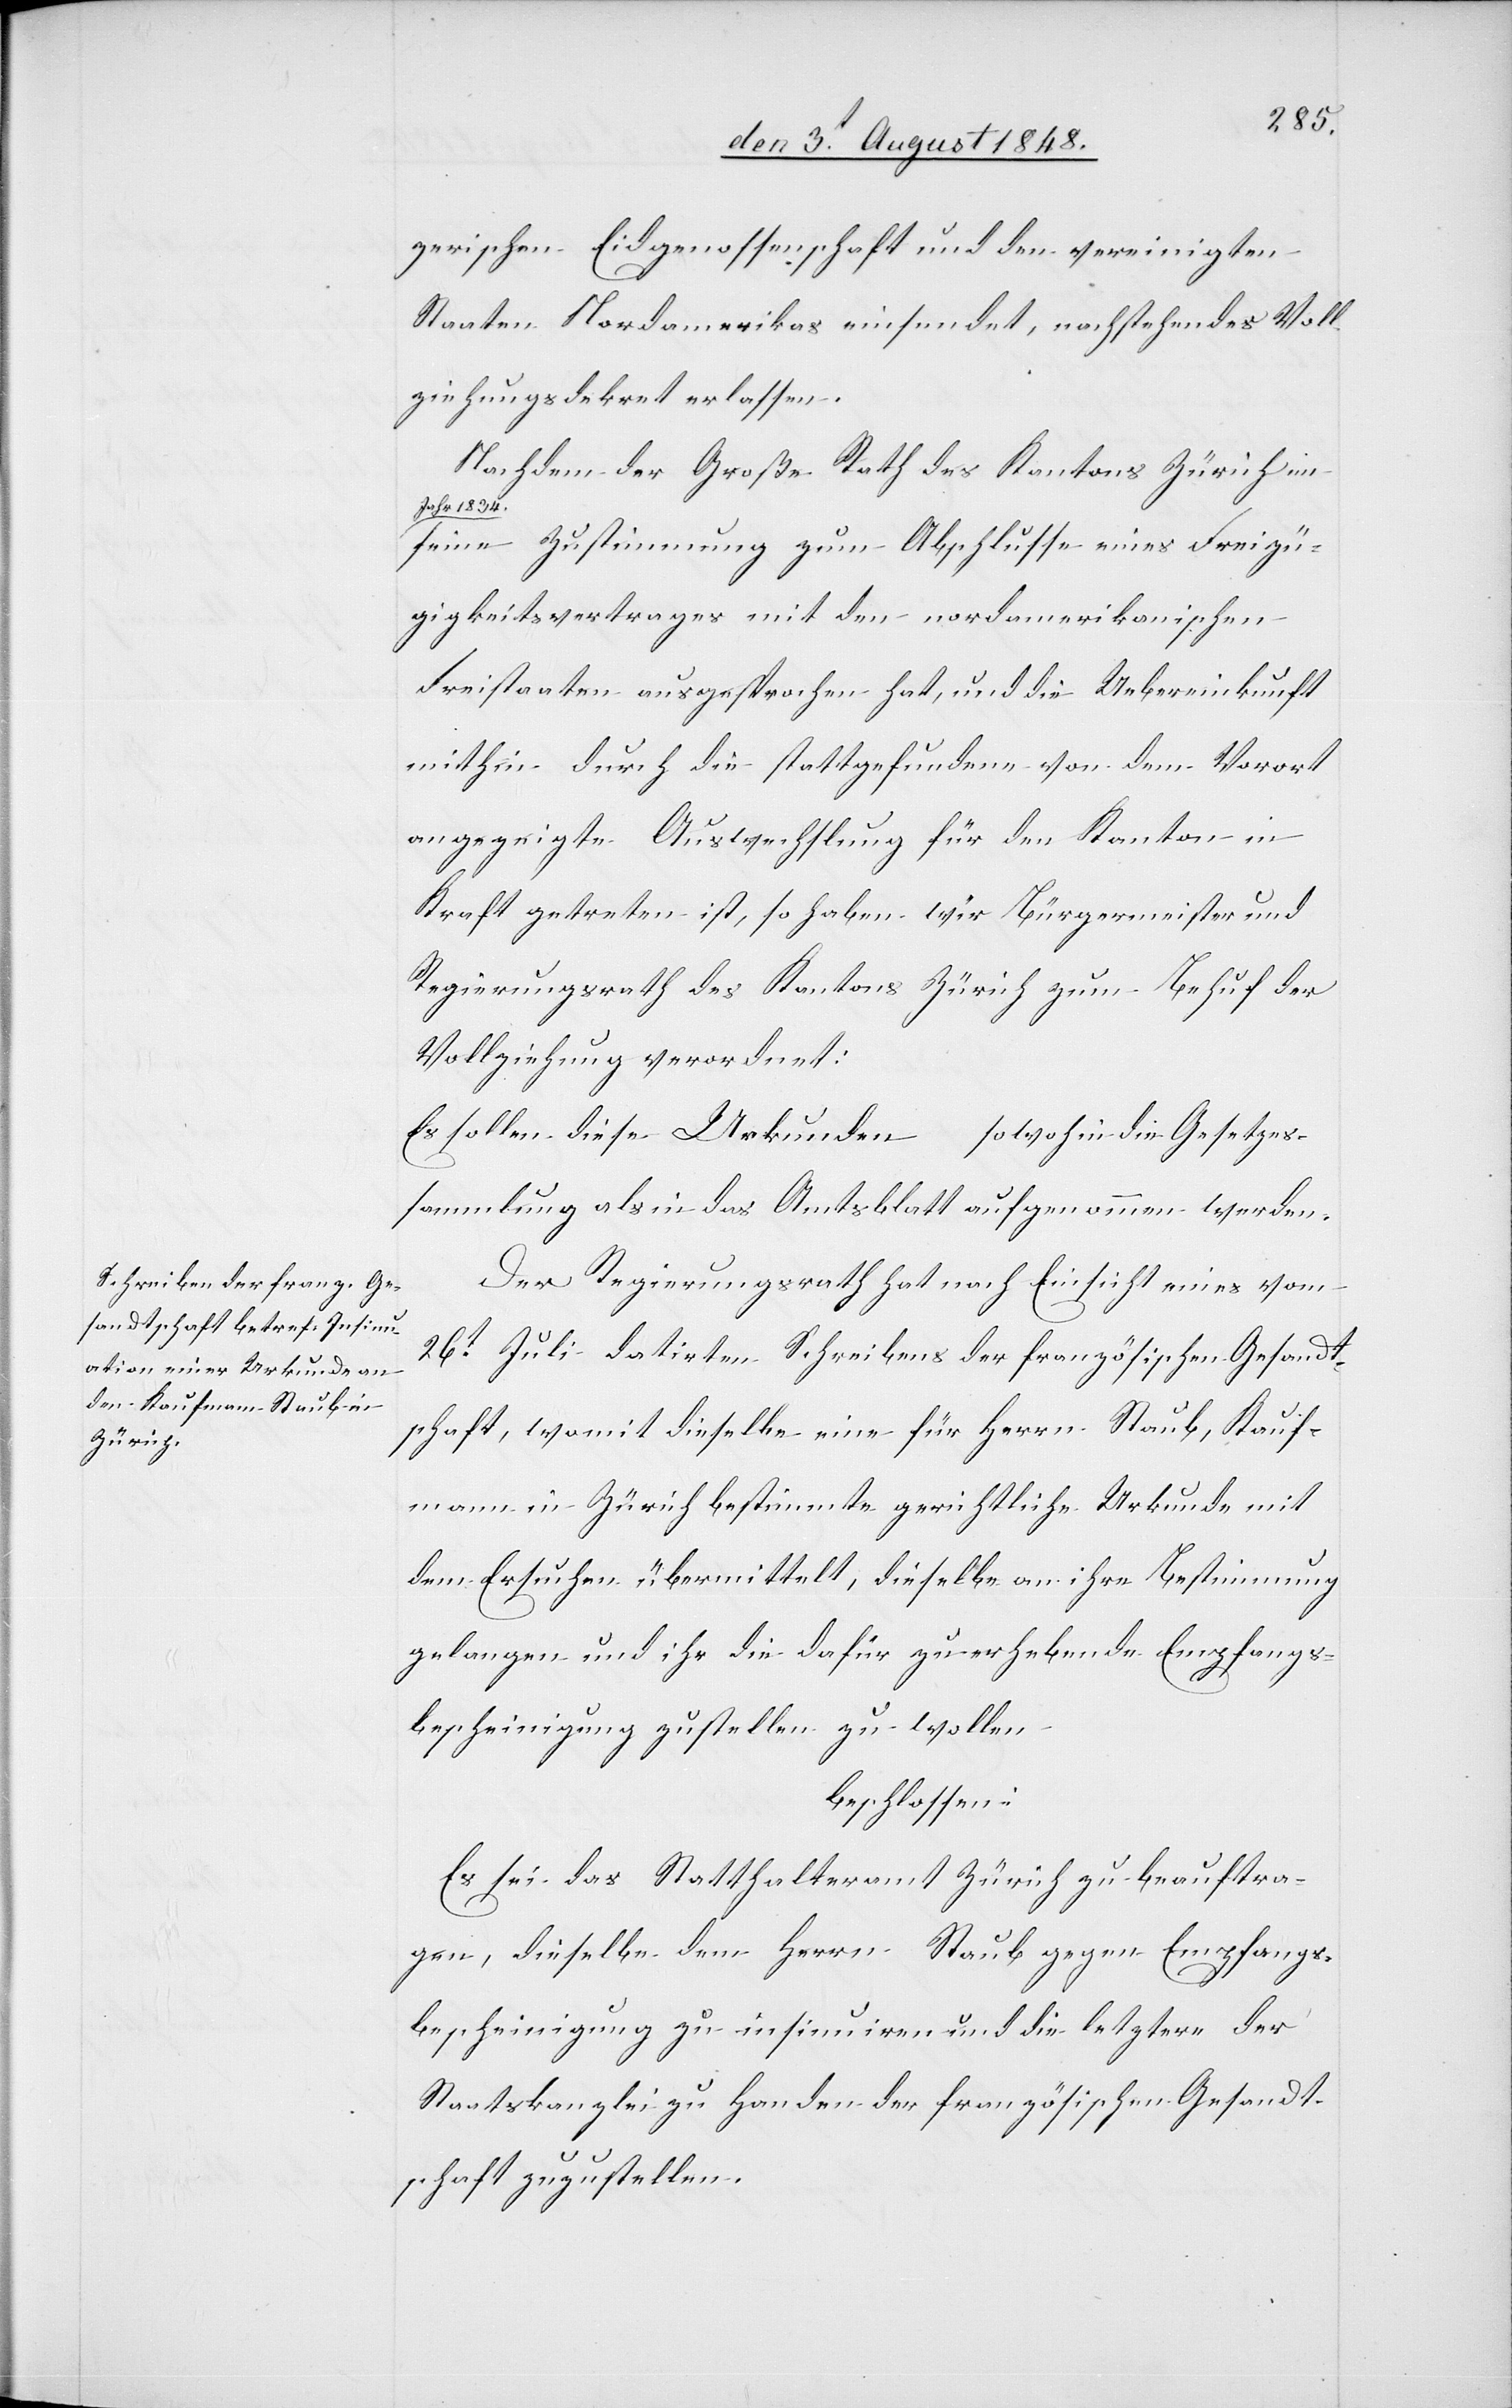
zerischen Eidgenossenschaft und den vereinigten
Staaten Nordamerikas einsendet, nachstehendes Voll¬
ziehungsdekret erlassen.
Nachdem der Große Rath des Kantons Zürich im
Jahr 1834.
seine Zustimmung zum Abschlusse eines Freizü¬
gigkeitsvertrages mit den nordamerikanischen
Freistaaten ausgesprochen hat, und die Uebereinkunft
mithin durch die stattgefundene von dem Vorort
angezeigte Auswechslung für den Kanton in
Kraft getreten ist, so haben wir Bürgermeister und
Regierungsrath des Kantons Zürich zum Behuf der
Vollziehung verordnet:
Es sollen diese Urkunden sowoh[l] in die Gesetzes¬
sammlung als in das Amtsblatt aufgenommen werden.
Der Regierungsrath hat nach Einsicht eines vom
26t Juli datirten Schreibens der französischen Gesandt¬
schaft, womit dieselbe eine für Herrn Staub, Kauf¬
mann in Zürich bestimmte gerichtliche Urkunde mit
dem Ersuchen übermittelt, dieselbe an ihre Bestimmung
gelangen und ihr die dafür zu erhebende Empfangs¬
bescheinigung zustellen zu wollen
beschlossen:
Es sei das Statthalteramt Zürich zu beauftra¬
gen, dieselbe dem Herrn Staub gegen Empfangs¬
bescheinigung zu insinuiren und die letztere der
Staatskanzlei zu Handen der französischen Gesandt¬
schaft zuzustellen.